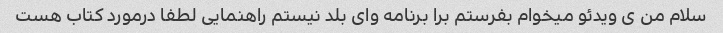
سلام من ی ویدئو میخوام بفرستم برا برنامه وای بلد نیستم راهنمایی لطفا درمورد کتاب هست